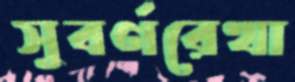
সুবর্ণরেখা